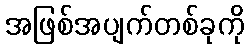
အဖြစ်အပျက်တစ်ခုကို